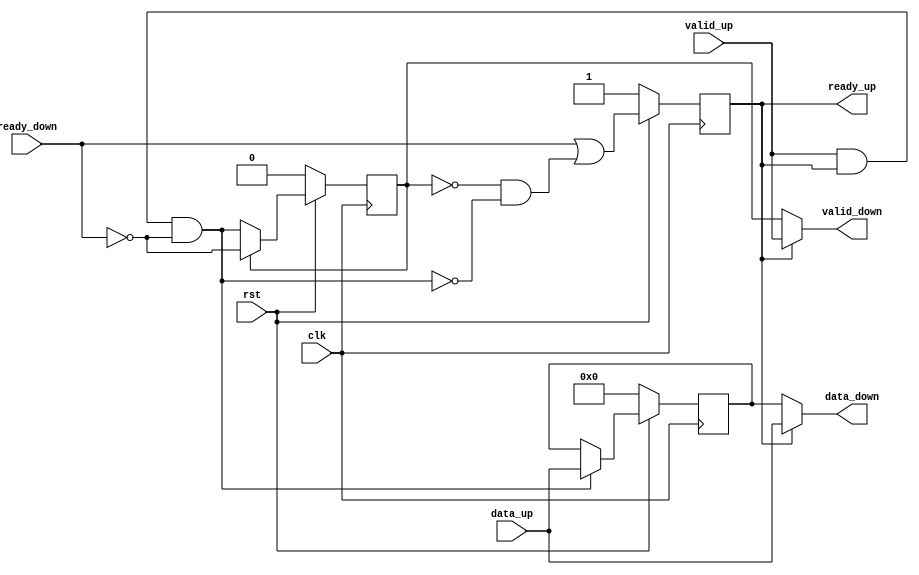
`timescale 1ns/1ns
module ready_flop
    #(parameter width = 4)
    (input   clk,
    input    rst,
    //Up stream
    input    valid_up,
    output reg ready_up,
    input  [0:width-1] data_up,
    //Down Stream
    output valid_down,
    input      ready_down,
    output [0:width-1]  data_down);

//buffer
wire                       store_data;
reg    [width-1:0]         buffered_data;
reg                        buffer_valid;
//---------------------------------------
//buffer.
assign store_data = valid_up && ready_up && ~ready_down;
always @(posedge clk) begin
    if (!rst)  buffer_valid <= 1'b0;
    else        buffer_valid <= buffer_valid ? ~ready_down: store_data;
end
//Note: If now buffer has data, then next valid would be ~ready_down:   
//If downstream is ready, next cycle will be un-valid.    
//If downstream is not ready, keeping high. 
// If now buffer has no data, then next valid would be store_data, 1 for store;
always @(posedge clk) begin
    if (!rst)  buffered_data <= {width{1'b0}};
    else        buffered_data <= store_data ? data_up : buffered_data;
end

always @(posedge clk) begin
    if (!rst)  ready_up <= 1'b1; 
    else        ready_up <= ready_down || ((~buffer_valid) && (~store_data)); //Bubule clampping
end
//Downstream valid and data.
//Bypass
assign valid_down = ready_up? valid_up : buffer_valid;
assign data_down  = ready_up? data_up  : buffered_data;
endmodule